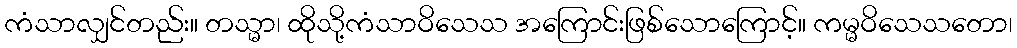
ကံသာလျှင်တည်း။ တသ္မာ၊ ထိုသို့ကံသာဝိသေသ အကြောင်းဖြစ်သောကြောင့်။ ကမ္မဝိသေသတော၊